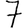
Digit: 7